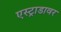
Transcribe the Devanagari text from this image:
एस्ट्राडावर